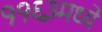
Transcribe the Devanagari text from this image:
११६३मध्ये